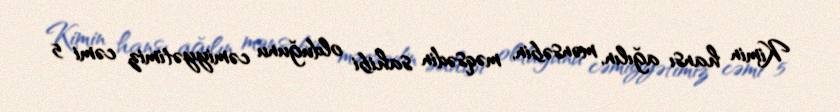
Kimin hansı ağılın, mənsəbin, məqsədin sahibi olduğunu cəmiyyətimiz cəmi 5